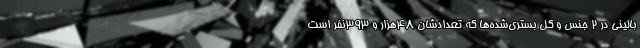
بالینی در ۲ جنس و کل بستری‌شده‌ها که تعدادشان ۴۸هزار و ۳۹۳نفر است